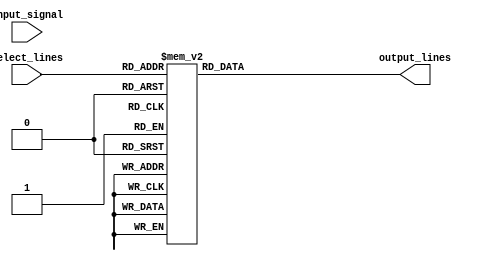
module demux_1_to_8 (
    input wire input_signal,
    input wire [2:0] select_lines,
    output reg [7:0] output_lines
);

always @(*)
begin
    case(select_lines)
        3'b000 : output_lines = 8'b00000001; // Output line 0
        3'b001 : output_lines = 8'b00000010; // Output line 1
        3'b010 : output_lines = 8'b00000100; // Output line 2
        3'b011 : output_lines = 8'b00001000; // Output line 3
        3'b100 : output_lines = 8'b00010000; // Output line 4
        3'b101 : output_lines = 8'b00100000; // Output line 5
        3'b110 : output_lines = 8'b01000000; // Output line 6
        3'b111 : output_lines = 8'b10000000; // Output line 7
        default: output_lines = 8'b00000000; // Default case
    endcase
end
endmodule